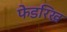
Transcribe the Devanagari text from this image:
फेडरिख